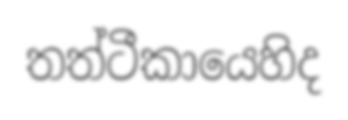
තත්ටීකායෙහිද